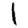
Digit: 1